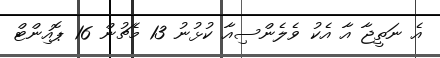
އެ ނަތީޖާ އާ އެކު ވެލެންސިއާ ކުޅުނު 13 މެޗުން 16 ޕޮއިންޓް